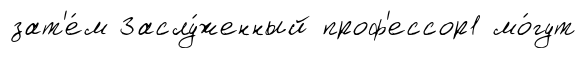
зат'е́м Заслу́женный проф'ессор1 мо́гут